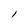
Character: l